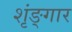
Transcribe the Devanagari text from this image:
शृंङ्गार